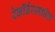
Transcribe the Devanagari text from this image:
रेकॉर्डरमधील